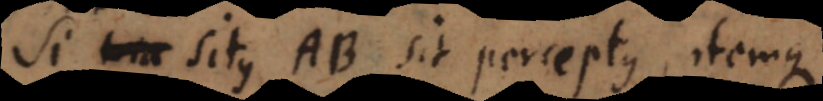
Si situs AB sit perceptus, itemque